Civil Veterinary Department. Madras. Admin. report 1926-33 - 1926-1933
Year: 1926
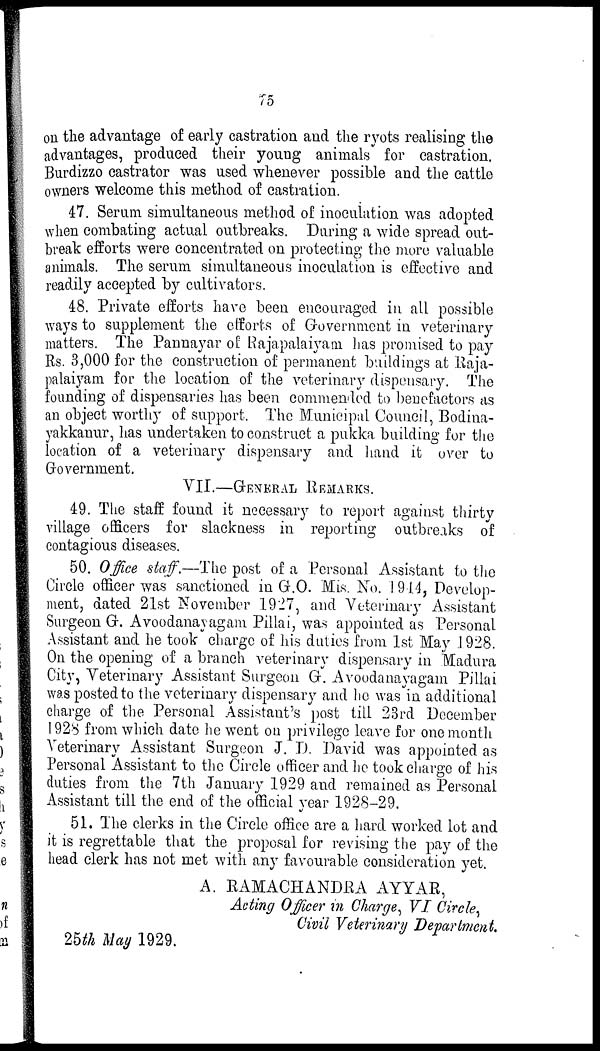
75
on the advantage of early castration and the ryots realising the
advantages, produced their young animals for castration.
Burdizzo castrator was used whenever possible and the cattle
owners welcome this method of castration.
47. Serum simultaneous method of inoculation was adopted
when combating actual outbreaks. During a wide spread out-
break efforts were concentrated on protecting the more valuable
animals. The serum simultaneous inoculation is effective and
readily accepted by cultivators.
48. Private efforts have been encouraged in all possible
ways to supplement the efforts of Government in veterinary
matters. The Pannayar of Rajapalaiyam. has promised to pay
Rs. 3,000 for the construction of permanent buildings at Raja-
palaiyam for the location of the veterinary dispensary. The
founding of dispensaries has been commended to benefactors as
an object worthy of support. The Municipal Council, Bodina-
yakkanur, has undertaken to construct a pukka building for the
location of a veterinary dispensary and hand it over to
Grovermnent.
VII.—GENERAL REMARKS.
49. The staff found it necessary to report against thirty
village officers for slackness in reporting outbreaks of
contagious diseases.
50. Office staff.—The post of a Personal Assistant to the
Circle officer was sanctioned in G.O. Mis. No. 1914, Develop-
ment, dated 21st November 1927, and Veterinary Assistant
Surgeon G. Avoodanayagam Pillai, was appointed as Personal
Assistant and he took charge of his duties from 1st May 1928.
On the opening of a branch veterinary dispensary in Madura
City, Veterinary Assistant Surgeon G. Avoodanayagam Pillai
was posted to the veterinary dispensary and he was in additional
charge of the Personal Assistant's post till 23rd December
1928 from which date he went on privilege leave for one month
Veterinary Assistant Surgeon J. D. David was appointed as
Personal Assistant to the Circle officer and he took charge of his
duties from the 7th January 1929 and remained as Personal
Assistant till the end of the official year 1928-29.
51. The clerks in the Circle office are a hard worked lot and
it is regrettable that the proposal for revising the pay of the
head clerk has not met with any favourable consideration yet.
A. RAMACHANDRA AYYAR,
Acting Officer in Charge, VI Circle,
Civil Veterinary Department.
25th May 1929.